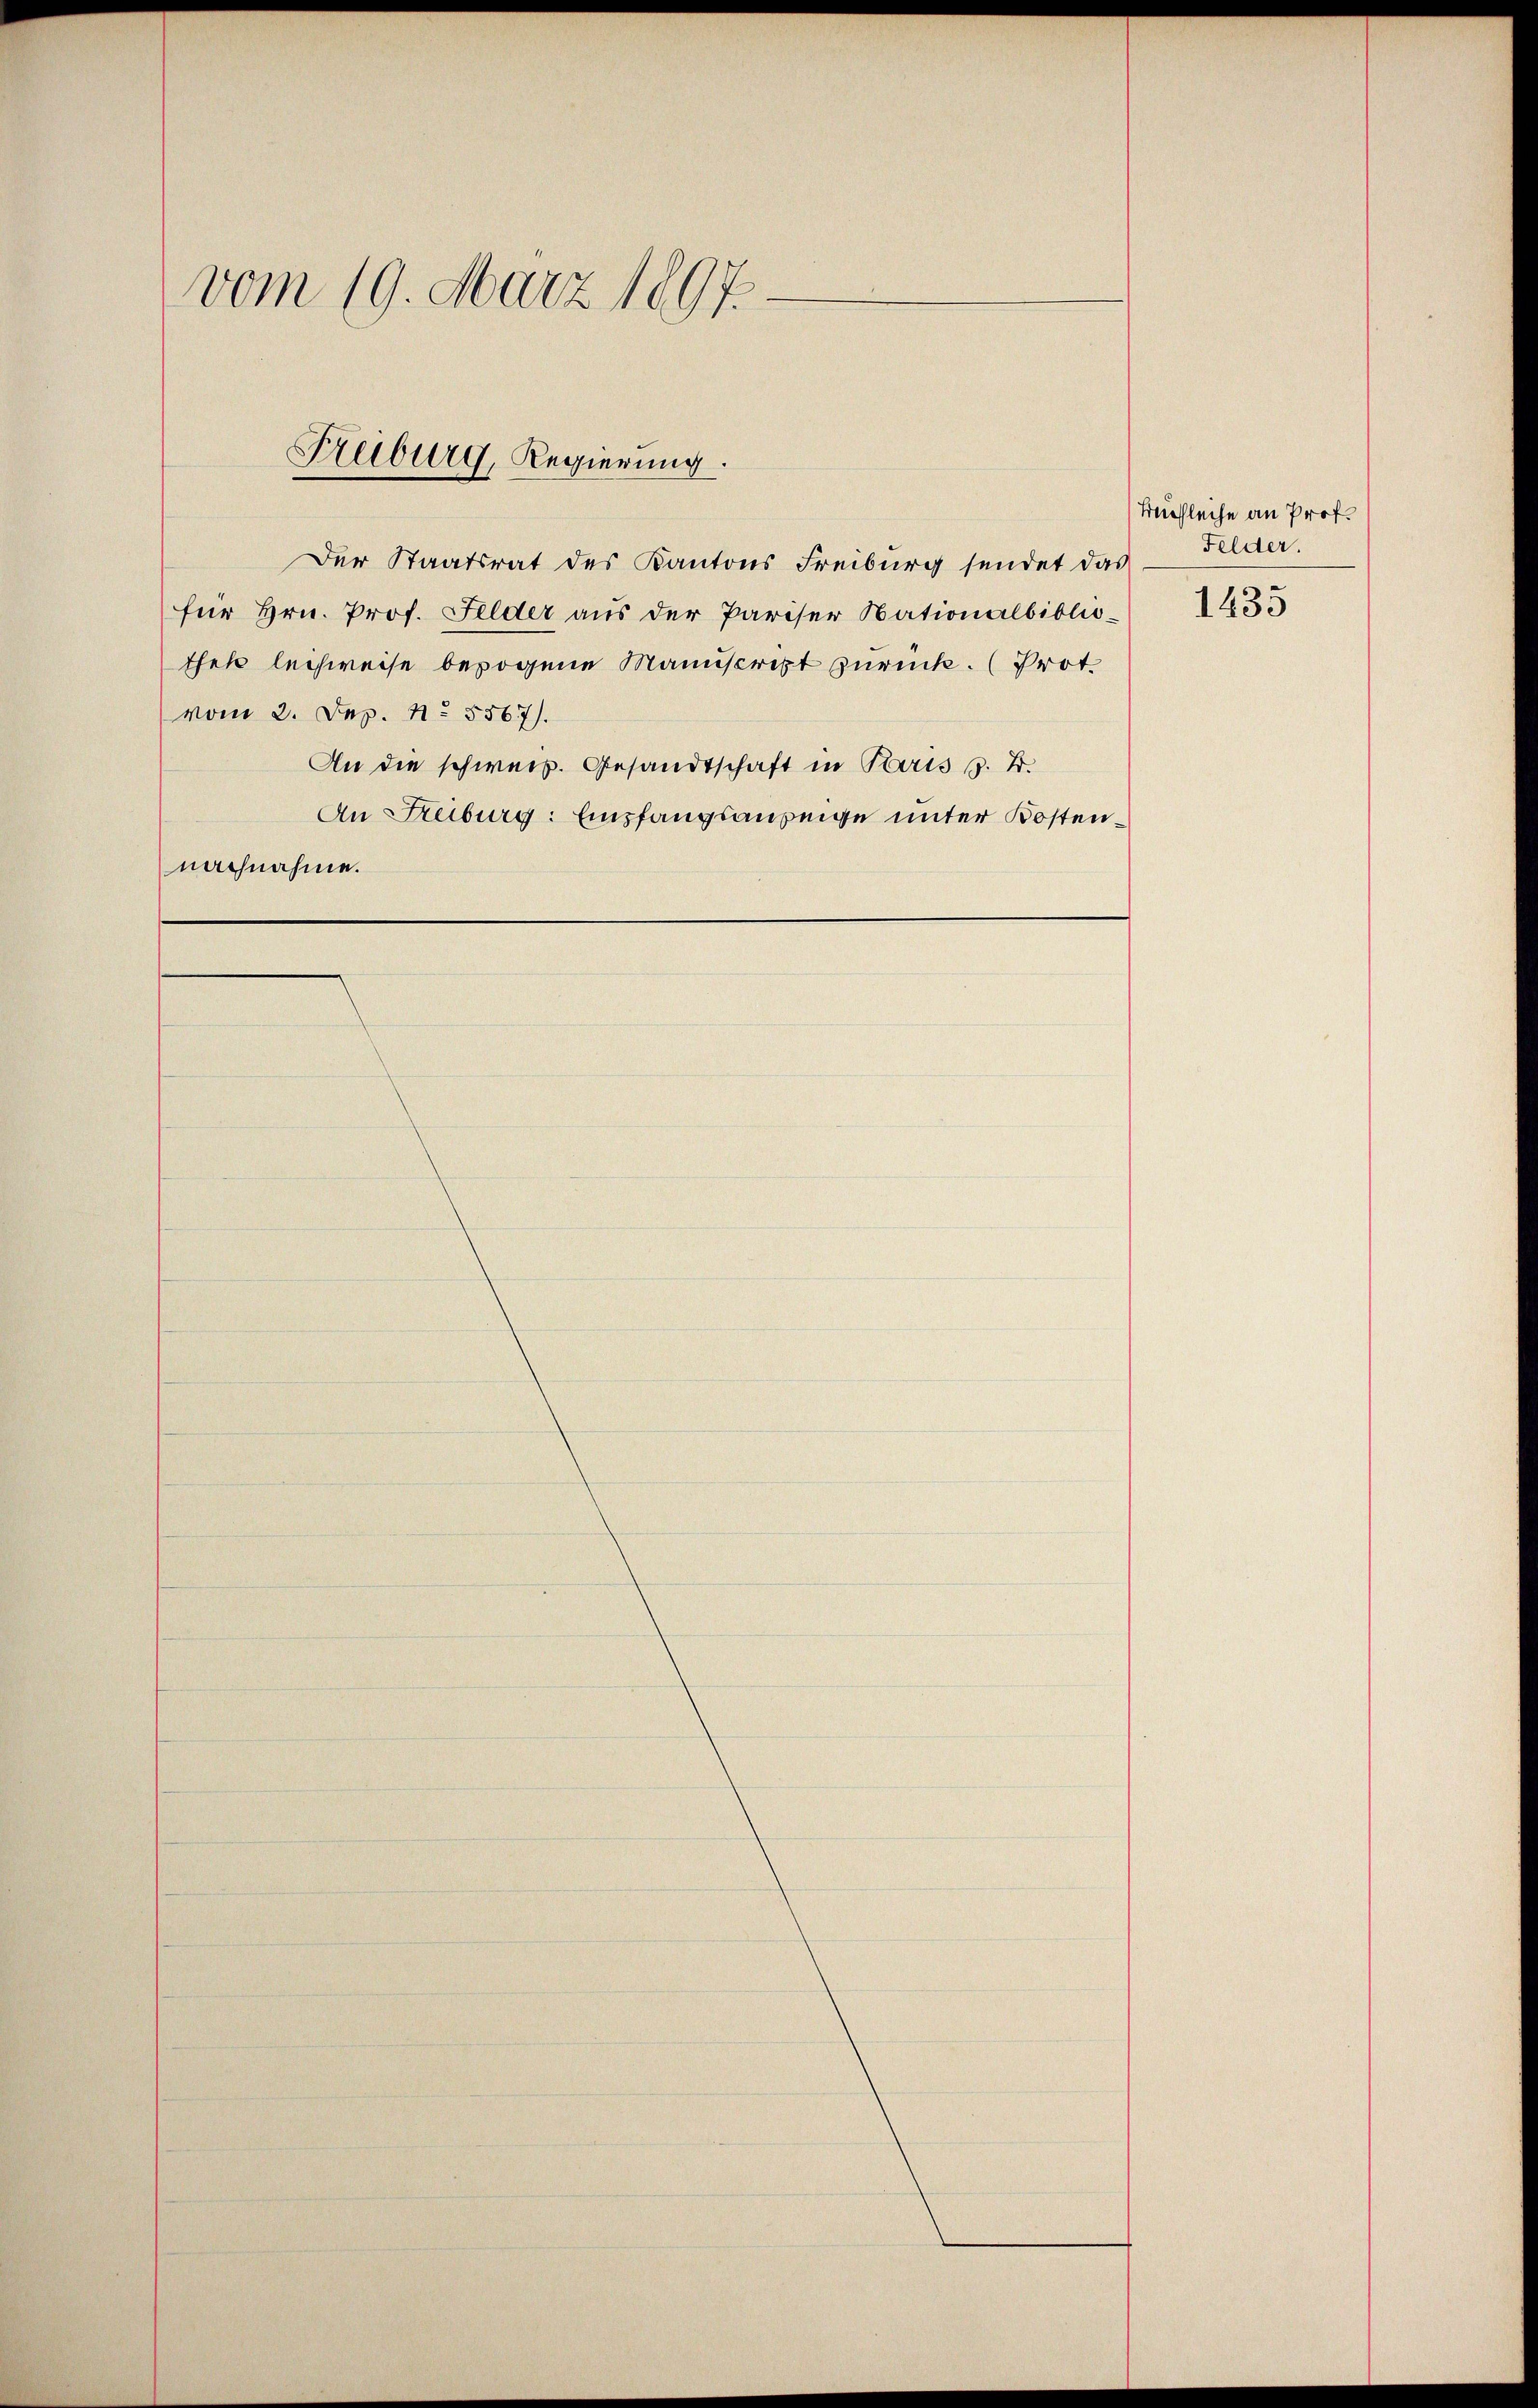
vom 19. März 1897.

Freiburg, Regierung.

Der Staatsrat des Kantons Freiburg sendet das Felder.
für Hrn. Prof. Felder aus der Pariser Nationalbibliothek leihweise bezogene Manuscript zurück. (Prot.
vom 2. Dep. N. 5567).
An die schweiz. Gesandtschaft in Paris s. B.
An Reiburg: Empfangsanzeige unter Kostennachnahme.

Beichleiche an Prof.

1433